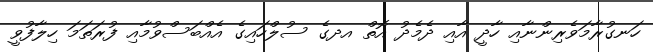
ހަނގުރާމަވެރިންނާއި ހާދީ އާއި ދެމެދު އޮތް އދގެ ސުލްހައިގެ އެއްބަސްވުމާއި ފުރަތަމަ ހިލާފުވީ